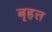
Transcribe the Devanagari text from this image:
बृहत्त